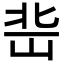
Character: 𡷒